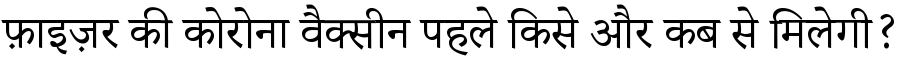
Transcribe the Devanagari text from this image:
फ़ाइज़र की कोरोना वैक्सीन पहले किसे और कब से मिलेगी?